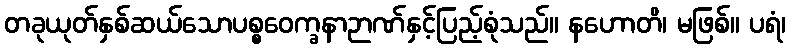
တခုယုတ်နှစ်ဆယ်သောပစ္စဝေက္ခနာဉာဏ်နှင့်ပြည့်စုံသည်။ နဟောတိ၊ မဖြစ်။ ပရံ၊